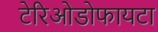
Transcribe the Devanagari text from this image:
टेरिओडोफायटा